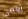
رومي